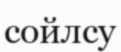
сойлсу